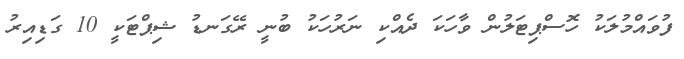
ފުވައްމުލަކު ހޮސްޕިޓަލުން ވާހަކަ ދެއްކި ނަރުހަކު ބުނީ ރޭގަނޑު ޝިޕްޓަކީ 10 ގަޑިއިރު